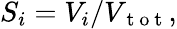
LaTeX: S_{i}=V_{i}/V_{\mathrm{~t~o~t~}},